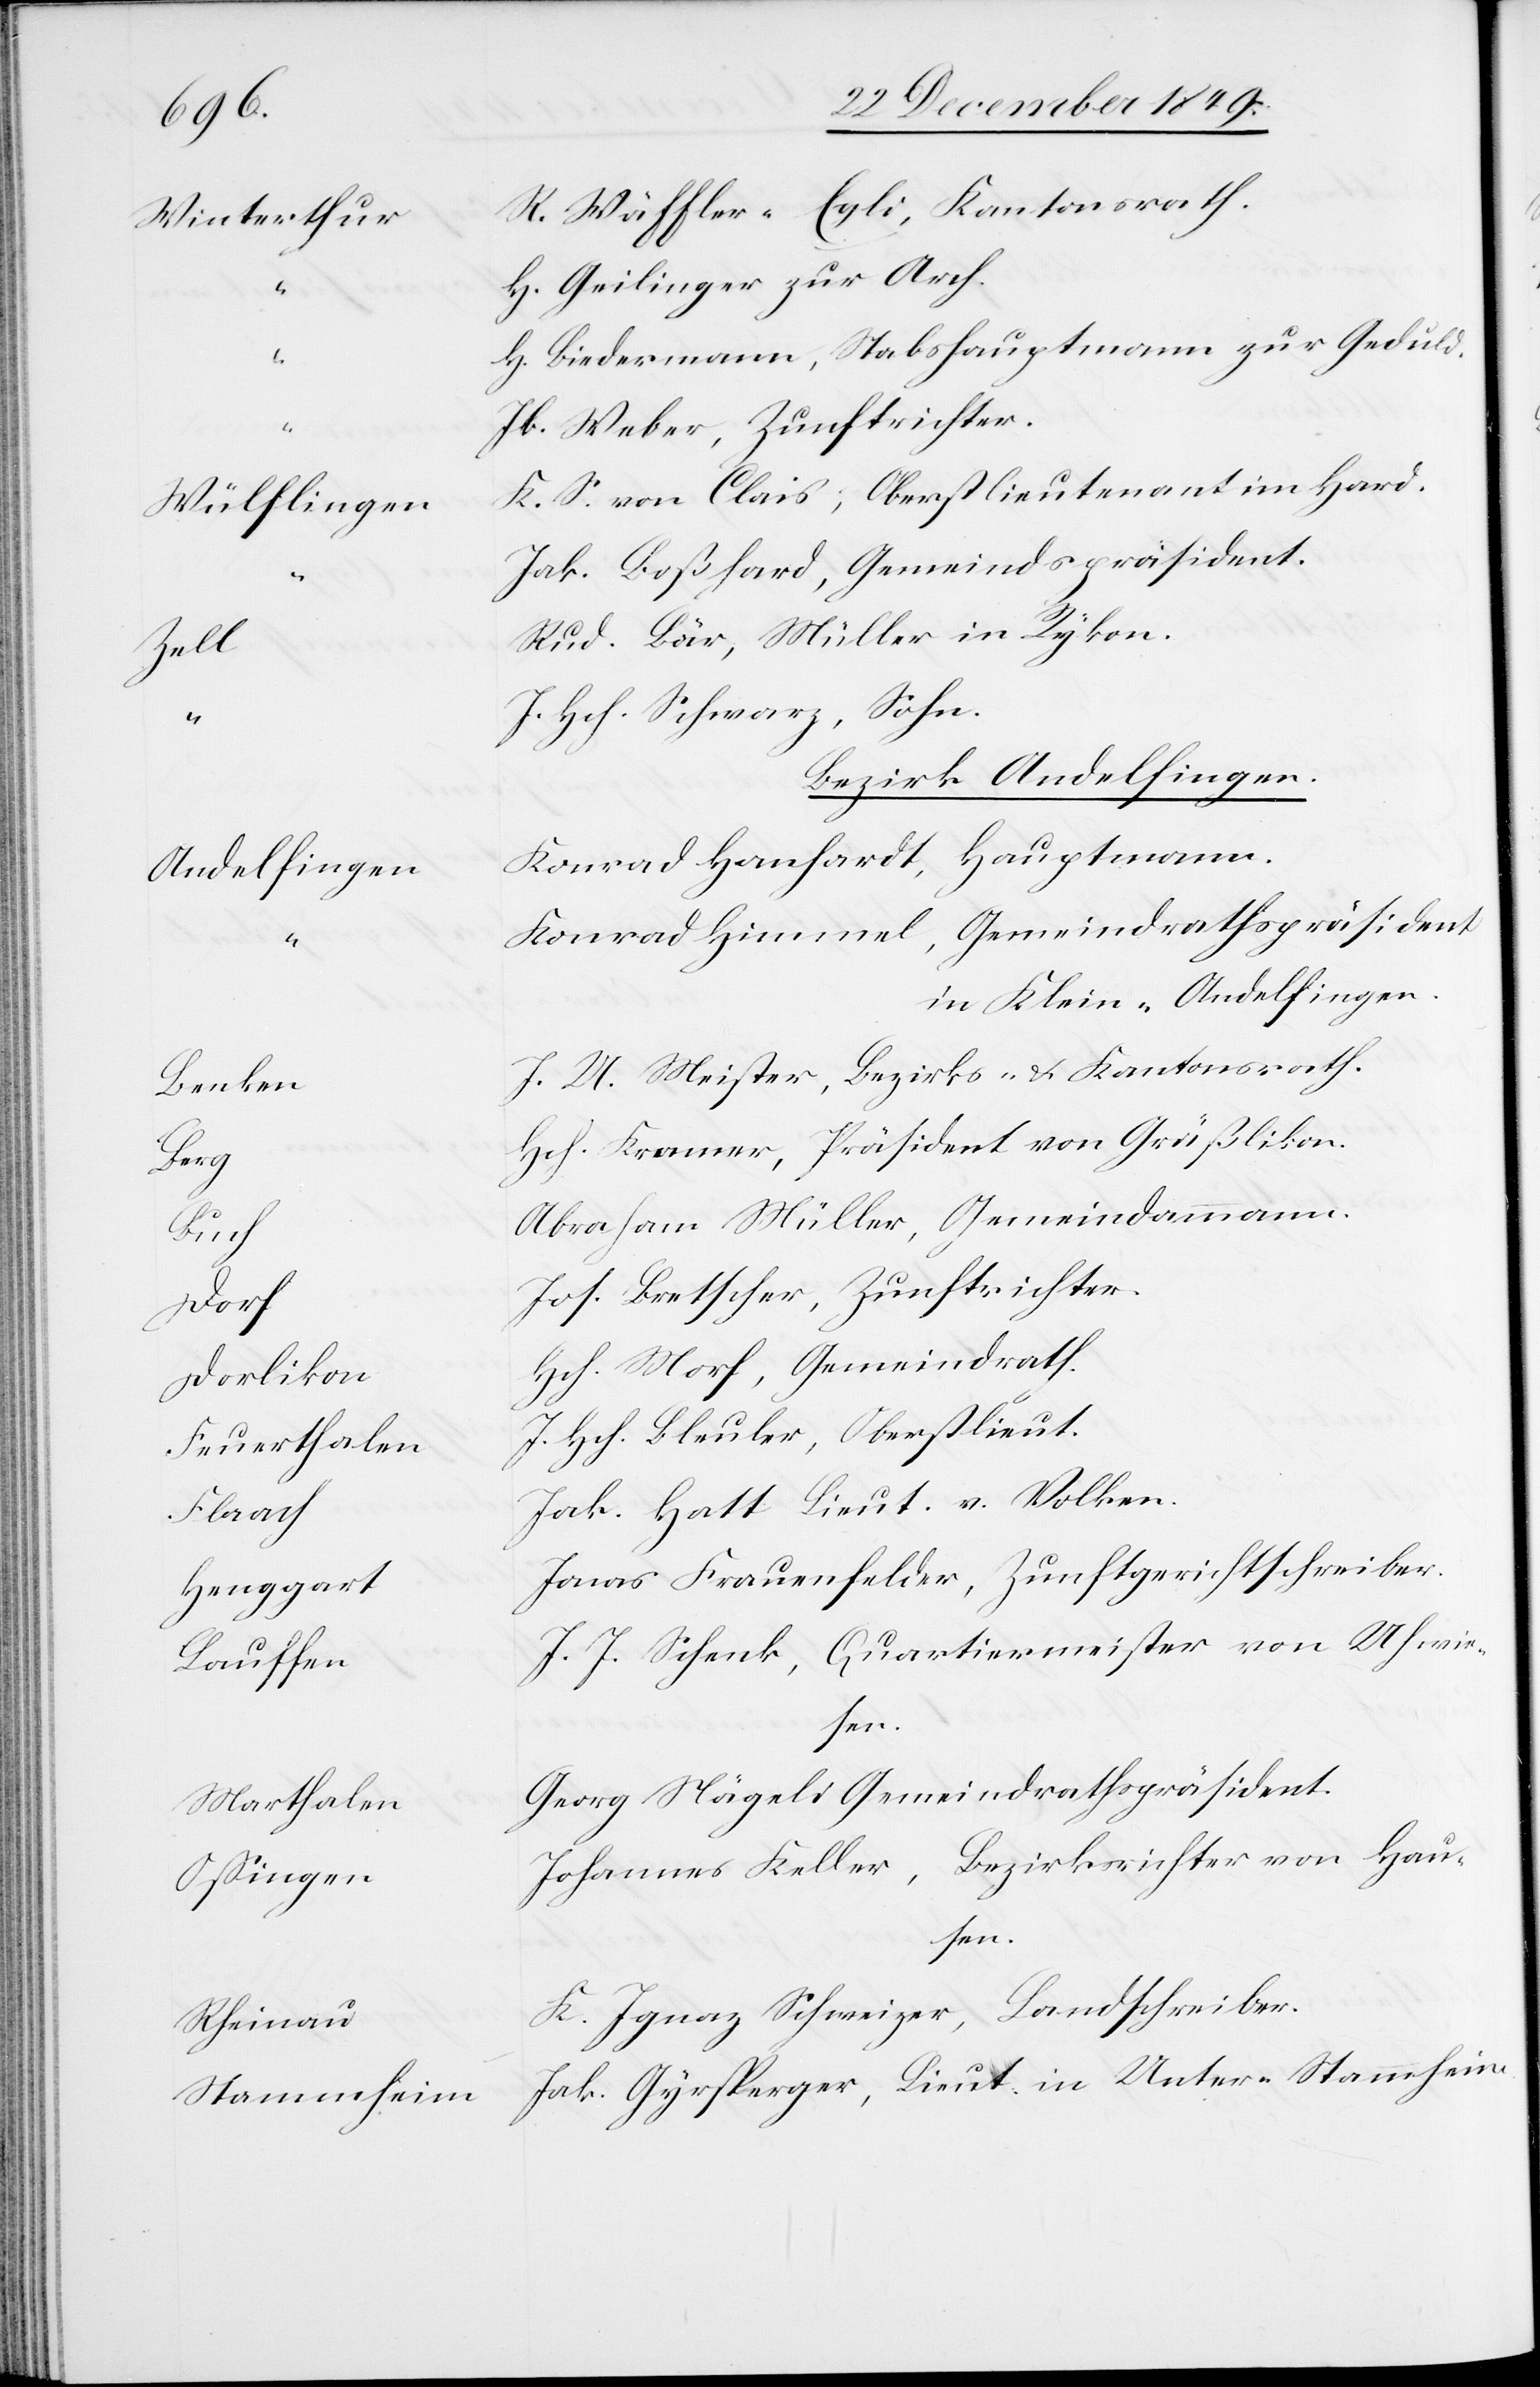
“				K¬
Winterthu¬
d.
Andelfinge¬
t		J¬
Dorliko¬
Feuerthale¬
Henggar¬
Marthale¬
Oßinge¬
Rheina¬
Stammhei¬

r		R. Wäffler-Egli, Kantonsrath.
Geilinger zur Arch.
Biedermann, Stabshauptmann zur Gedul¬
Weber, Zunftrichter.
S. von Clais, Oberstlieutnat im Hard.
Boßhard, Gemeindspräsident.
Bär, Müller in Rykon.
Hch. Schwarz, Sohn.
Bezirk Andelfingen.
n		Konrad Hanhardt, Hauptmann.
onrad Himmel, Gemeindrathspräsident
in Klein-Andelfingen.
U. Meister, Bezirks- u. Kantonsrath.
Kramer, Präsident von Grüßlikon.
braham Müller, Gemeindammann.
Bretscher, Zunftrichter.
ch. Morf, Gemeindrath.
n		J. Hch. Bleuler, Oberstlieut.
Hatt Lieut. v. Volken.
onas Frauenfelder, Zunftgerichtsschreiber.
J. Schenk, Quartiermeister von Uhwie¬
sen.
n		Georg Nägeli Gemeindrathspräsident.
n		Johannes Keller, Bezirksrichter von Hau¬
sen.
u		K. Ignaz Schweizer, Landschreiber.
m		Jak. Gyrsperger, Lieut. in Unter-Stammheim